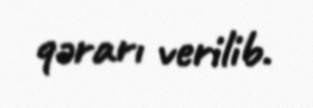
qərarı verilib.